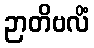
ဉာတိဗလိံ